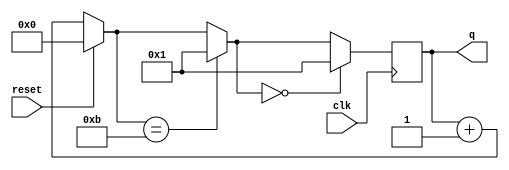
module top_module (
    input clk,
    input reset,
    output [3:0] q);
    
    always @(posedge clk) begin
        if (reset)
            q = 0;
        else
        	q = q + 1;
        
        if (q == 11)
            q = 1;
        
        if (q == 0)
            q = 1;
    end

endmodule